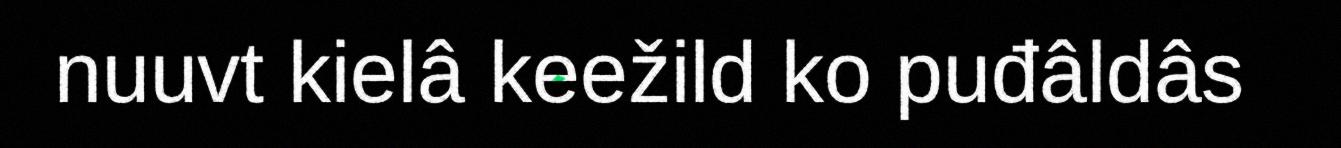
nuuvt kielâ keežild ko puđâldâs